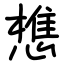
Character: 𢡫